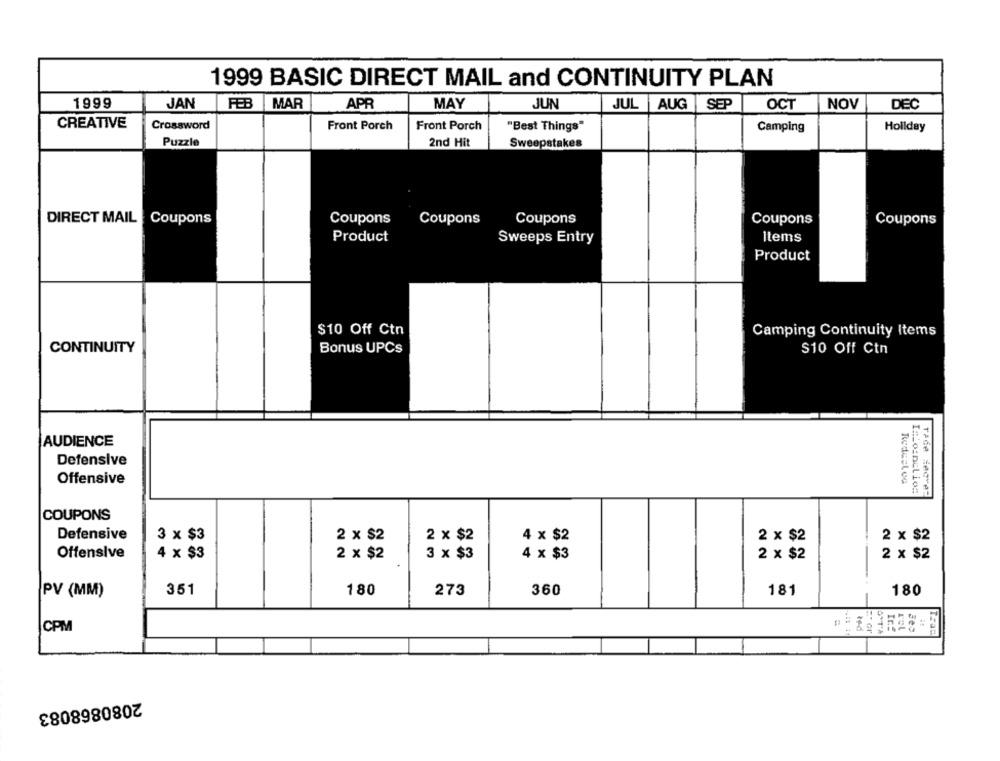
1999 BASIC DIRECT MAIL and CONTINUITY PLAN
1999
JAN
FEB
MAR
APR
MAY
JUN
JUL AUG SEP
OCT
NOV
DEC
CREATIVE
Crossword
Front Porch
Front Porch
"Best Things"
Camping
Hoilday
Puzzle
2nd Hit
Sweepstakes
DIRECT MAIL Coupons
Coupons
Coupons
Coupons
Coupons
Coupons
Product
Sweeps Entry
Items
Product
$10 Off Ctn
Camping Continuity Items
CONTINUITY
Bonus UPCs
S10 Off Ctn
AUDIENCE
Defensive
Offensive
8
RedesLog
COUPONS
Defensive
3 x $3
2 x $2
2 x $2
4 x $2
2 x $2
2 x $2
Offensive
4 x $3
2 x $2
3 x $3
4 x $3
2 x $2
2 x $2
PV (MM)
351
180
273
360
181
180
ret
CPM
=* or
2080868083